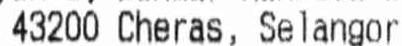
43200 CHERAS, SELANGOR